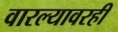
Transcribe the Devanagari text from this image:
वारल्यावरही